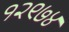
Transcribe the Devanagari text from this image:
१२९७४